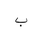
Letter: _ba